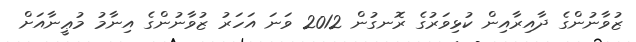
ޒުވާނުންގެ ދާއިރާއިން ކުޅިވަރުގެ ރޮނގުން 2012 ވަނަ އަހަރު ޒުވާނުންގެ އިނާމު މުޢީނާއަށް